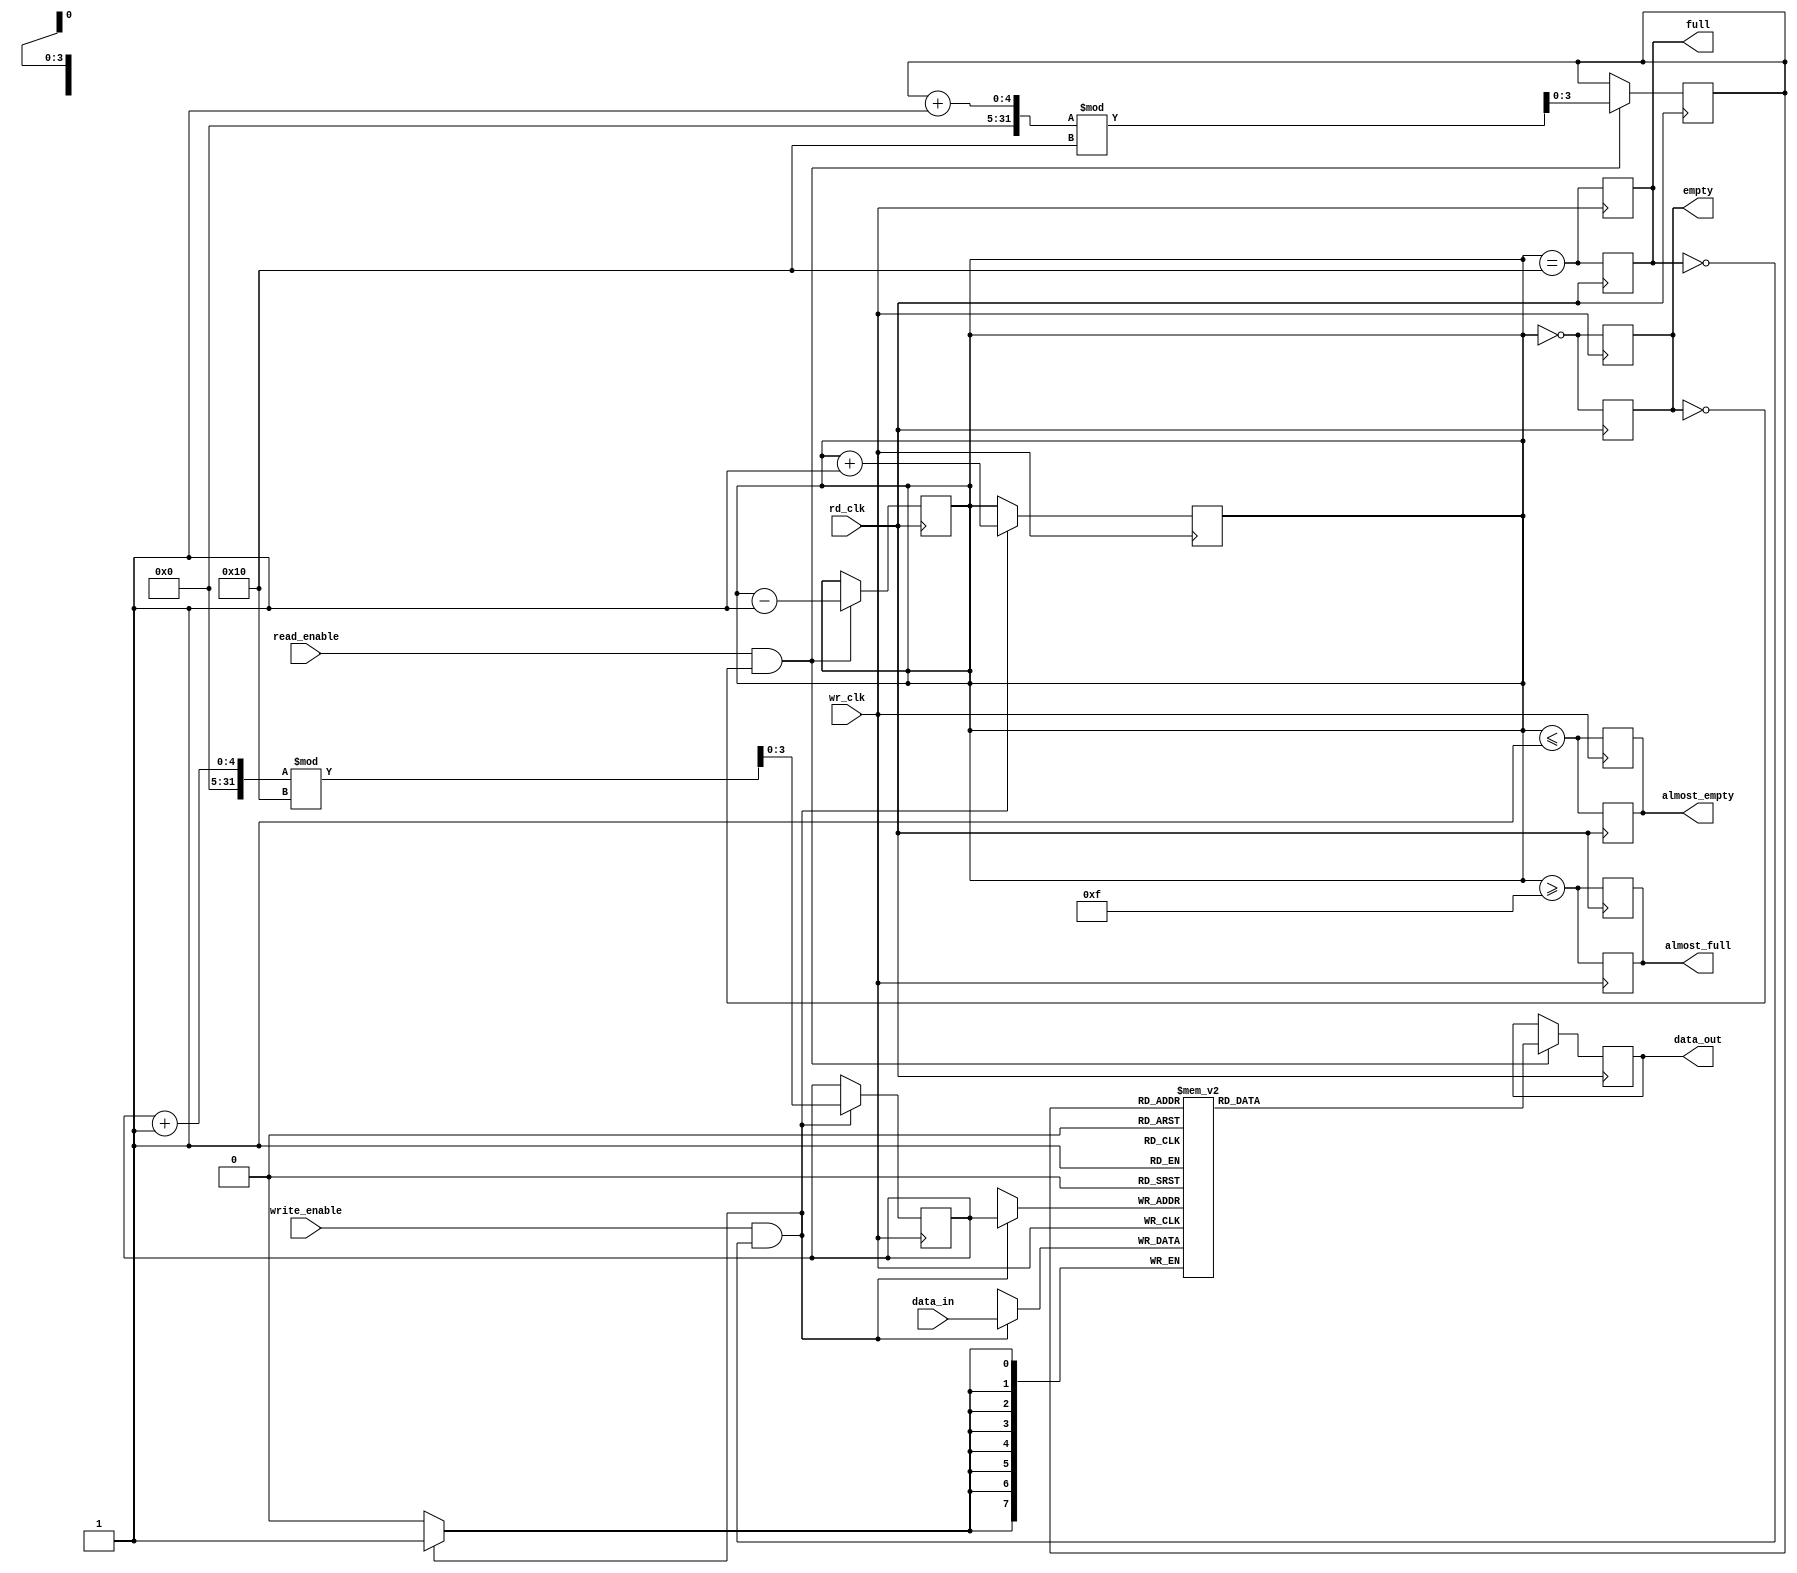
module fifo_synchronizer #(
    parameter DATA_WIDTH = 8,  // Width of the data
    parameter FIFO_DEPTH = 16   // Depth of the FIFO
)(
    input wire wr_clk,          // Write clock (source domain)
    input wire rd_clk,          // Read clock (destination domain)
    input wire write_enable,     // Write enable signal
    input wire read_enable,      // Read enable signal
    input wire [DATA_WIDTH-1:0] data_in,  // Data input
    output reg [DATA_WIDTH-1:0] data_out,  // Data output
    output reg full,            // FIFO full flag
    output reg empty,           // FIFO empty flag
    output reg almost_full,     // Almost full flag
    output reg almost_empty      // Almost empty flag
);

    // FIFO memory declaration
    reg [DATA_WIDTH-1:0] fifo_mem [0:FIFO_DEPTH-1];
    reg [3:0] wp;              // Write pointer
    reg [3:0] rp;              // Read pointer
    reg [4:0] fifo_count;      // Count of items in FIFO

    // Initial conditions
    initial begin
        wp = 0;
        rp = 0;
        fifo_count = 0;
        full = 0;
        empty = 1;
        almost_full = 0;
        almost_empty = 1;
    end

    // Write operation
    always @(posedge wr_clk) begin
        if (write_enable && !full) begin
            fifo_mem[wp] <= data_in;  // Write data to FIFO
            wp <= (wp + 1) % FIFO_DEPTH;  // Increment write pointer
            fifo_count <= fifo_count + 1;  // Increment FIFO count
        end

        // Update status flags
        full <= (fifo_count == FIFO_DEPTH);
        empty <= (fifo_count == 0);
        almost_full <= (fifo_count >= FIFO_DEPTH - 1);
        almost_empty <= (fifo_count <= 1);
    end

    // Read operation
    always @(posedge rd_clk) begin
        if (read_enable && !empty) begin
            data_out <= fifo_mem[rp];  // Read data from FIFO
            rp <= (rp + 1) % FIFO_DEPTH;  // Increment read pointer
            fifo_count <= fifo_count - 1;  // Decrement FIFO count
        end

        // Update status flags
        full <= (fifo_count == FIFO_DEPTH);
        empty <= (fifo_count == 0);
        almost_full <= (fifo_count >= FIFO_DEPTH - 1);
        almost_empty <= (fifo_count <= 1);
    end

endmodule